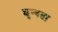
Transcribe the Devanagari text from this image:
शुन्यता